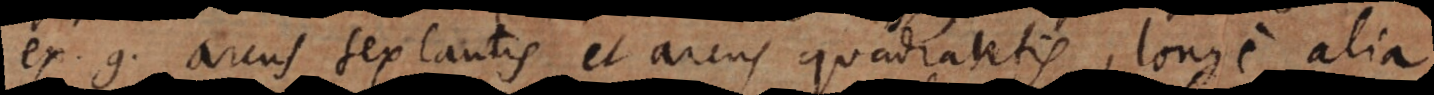
ex. g. arcus sextantis et arcus quadrantis, longe alia